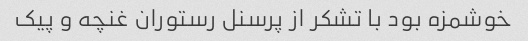
خوشمزه بود با تشکر از پرسنل رستوران غنچه و پیک